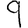
Digit: 9